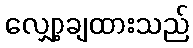
လျှော့ချထားသည်